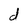
Character: d